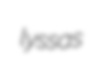
lyssas